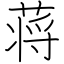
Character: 蒋